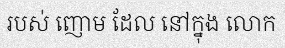
របស់ ញោម ដែល នៅក្នុង លោក